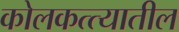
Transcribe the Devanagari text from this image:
कोलकत्त्यातील